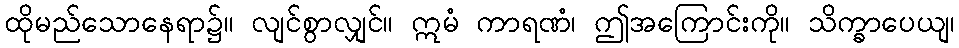
ထိုမည်သောနေရာ၌။ လျင်စွာလျှင်။ ဣမံ ကာရဏံ၊ ဤအကြောင်းကို။ သိက္ခာပေယျ၊